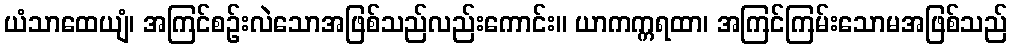
ယံသာထေယျံ၊ အကြင်စဉ်းလဲသောအဖြစ်သည်လည်းကောင်း။ ယာကက္ကရထာ၊ အကြင်ကြမ်းသောမအဖြစ်သည်